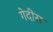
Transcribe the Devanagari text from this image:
गेदीस